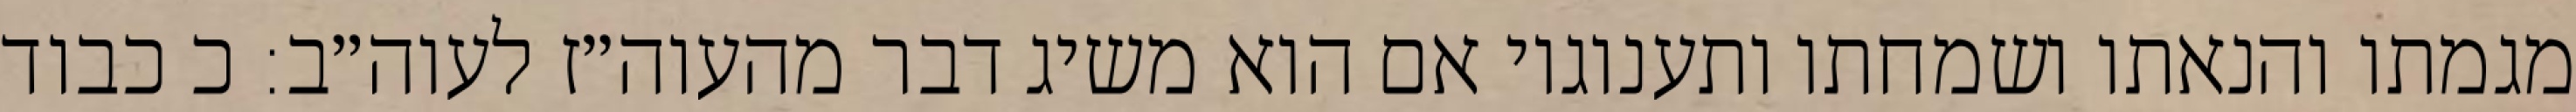
מגמתו והנאתו ושמחתו ותענוגיו אם הוא משיג דבר מהעוה״ז לעוה״ב: כ כבוד